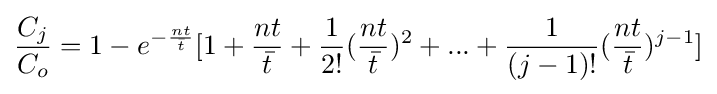
{\frac {C_{j}}{C_{o}}}=1-e^{-{\frac {nt}{\bar {t}}}}[1+{\frac {nt}{\bar {t}}}+{\frac {1}{2!}}({\frac {nt}{\bar {t}}})^{2}+...+{\frac {1}{(j-1)!}}({\frac {nt}{\bar {t}}})^{j-1}]